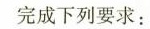
完成下列要求：